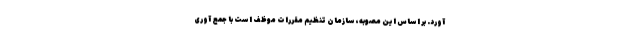
‌آورد. بر اساس این مصوبه، سازمان تنظیم مقررات موظف است با جمع آوری